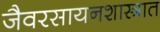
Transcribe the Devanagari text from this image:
जैवरसायनशास्त्रात